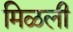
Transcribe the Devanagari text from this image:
मिळली